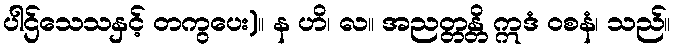
ပါဌ်သေသနှင့် တကွပေး)။ န ဟိ၊ လ။ အညတ္တန္တိ ဣဒံ ဝစနံ၊ သည်။